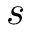
s